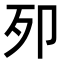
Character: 𭅵